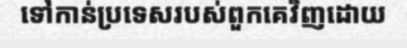
ទៅកាន់ប្រទេសរបស់ពួកគេវិញដោយ